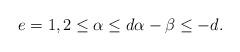
LaTeX: \begin{align*} e=1, 2\leq \alpha\leq d \alpha-\beta\leq -d.\end{align*}